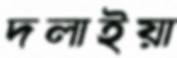
দলাইয়া